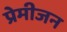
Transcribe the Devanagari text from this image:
प्रेमीजन